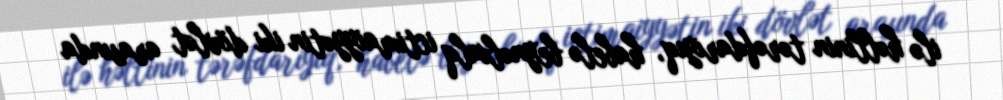
ilə həllinin tərəfdarıyıq, habelə beynəlxalq ictimaiyyətin iki dövlət arasında